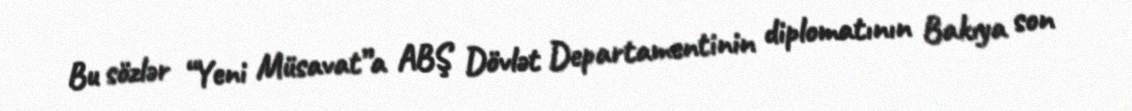
Bu sözlər “Yeni Müsavat”a ABŞ Dövlət Departamentinin diplomatının Bakıya son